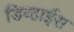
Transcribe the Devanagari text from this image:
डिव्हाईस